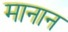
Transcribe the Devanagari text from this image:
मानान